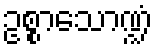
ဥစ္စာသောဏ္ဍံ